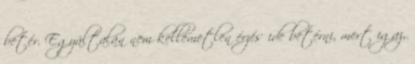
betér. Egyáltalán nem kellemetlen érzés ide betérni, mert igaz,